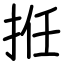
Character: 拰